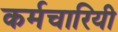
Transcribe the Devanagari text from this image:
कर्मचारियी